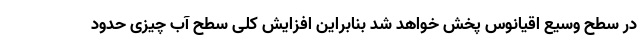
در سطح وسیع اقیانوس پخش خواهد شد بنابراین افزایش کلی سطح آب چیزی حدود